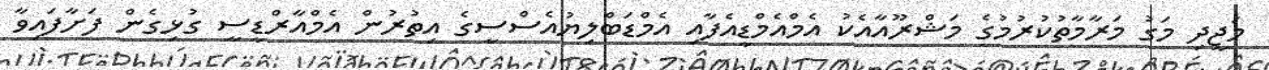
މަޖީދި މަގު މަރާމާތުކުރުމުގެ މަޝްރޫއާއެކު އެމްއެމްޑީއެފާއި އެމްޑަބްލިޔުއެސްސީގެ އިތުރުން އެމްއާރްޑީސީ ގުޅިގެން ފަށާފައިވާ